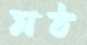
মঠ